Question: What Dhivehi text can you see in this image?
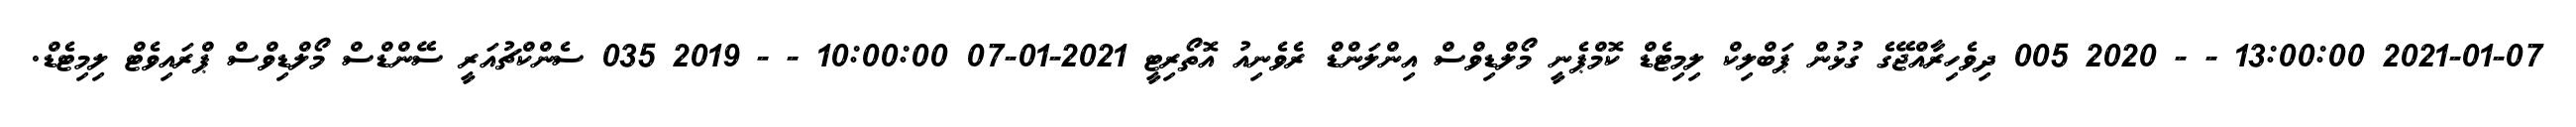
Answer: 2021-01-07 13:00:00 - - 2020 005 ދިވެހިރާއްޖޭގެ ގުޅުން ޕަބްލިކް ލިމިޓެޑް ކޮމްޕެނީ މޯލްޑިވްސް އިންލަންޑް ރެވެނިއު އޮތޯރިޓީ 2021-01-07 10:00:00 - - 2019 035 ސެންކްޗުއަރީ ސޭންޑްސް މޯލްޑިވްސް ޕްރައިވެޓް ލިމިޓެޑް.